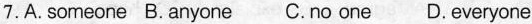
7.A.someone B.anyone C.no one D.everyone